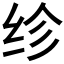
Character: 𬘝